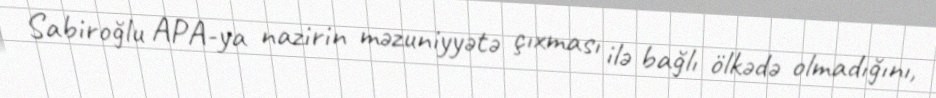
Sabiroğlu APA-ya nazirin məzuniyyətə çıxması ilə bağlı ölkədə olmadığını,